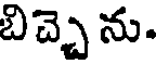
బిచ్చె ను.